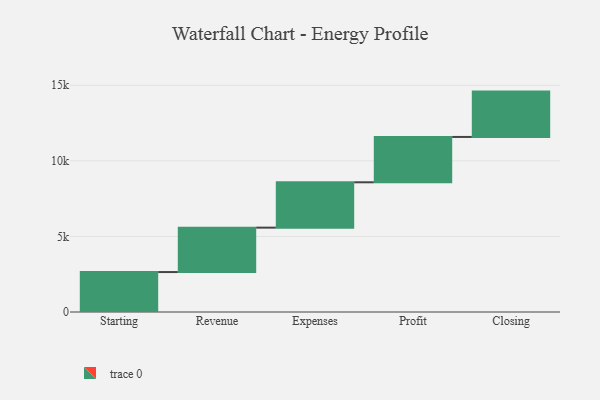
{"axis": {"x": "Step", "y": "Value"}, "legend": [""], "data": [{"x": "Starting", "y": 2643.0, "type": ""}, {"x": "Revenue", "y": 2938.0, "type": ""}, {"x": "Expenses", "y": 3000, "type": ""}, {"x": "Profit", "y": 3000, "type": ""}, {"x": "Closing", "y": 3000, "type": ""}]}